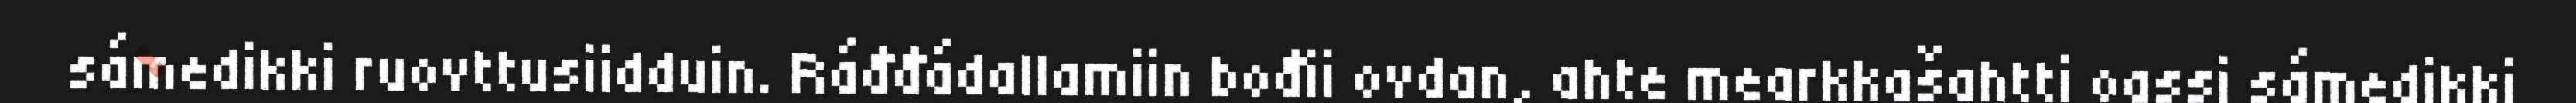
sámedikki ruovttusiidduin. Ráđđádallamiin bođii ovdan, ahte mearkkašahtti oassi sámedikki